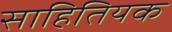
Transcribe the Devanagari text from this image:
साहितियक